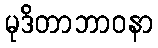
မုဒိတာဘာဝနာ